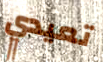
تعيدي